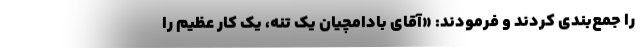
را جمع‌بندی کردند و فرمودند: «آقای بادامچیان یک تنه، یک کار عظیم را